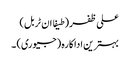
علی ظفر (طیفا ان ٹربل)
بہترین اداکارہ (جیوری) ۔